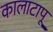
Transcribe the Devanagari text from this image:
कालाटापू